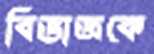
বিভাজকে